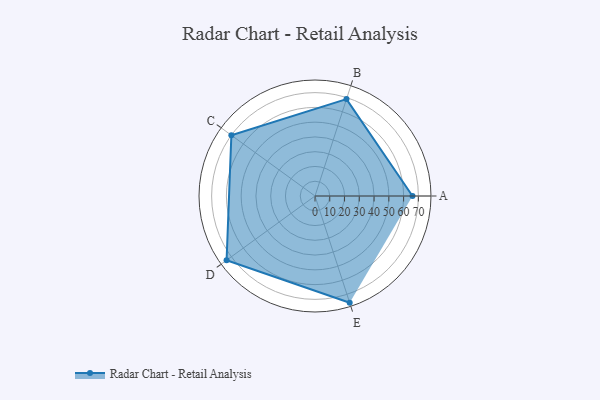
{"axis": {"x": "Skill", "y": "Score"}, "legend": ["Profile"], "data": [{"x": "A", "y": 66.0, "type": "Profile"}, {"x": "B", "y": 69.0, "type": "Profile"}, {"x": "C", "y": 70.0, "type": "Profile"}, {"x": "D", "y": 74.0, "type": "Profile"}, {"x": "E", "y": 76.0, "type": "Profile"}]}